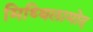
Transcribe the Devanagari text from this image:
मिथ्थिलामोद